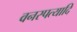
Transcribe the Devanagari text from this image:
वनस्पत्यादि